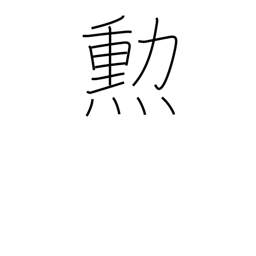
Meaning: merit